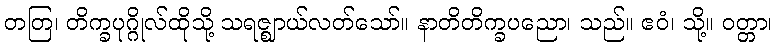
တတြ၊ တိက္ခပုဂ္ဂိုလ်ထိုသို့ သရဇ္ဈာယ်လတ်သော်။ နာတိတိက္ခပညော၊ သည်။ ဧဝံ၊ သို့။ ဝတ္တာ၊